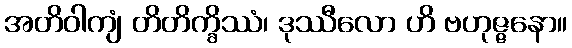
အတိဝါကျံ တိတိက္ခိဿံ၊ ဒုဿီလော ဟိ ဗဟုဇ္ဇနော။